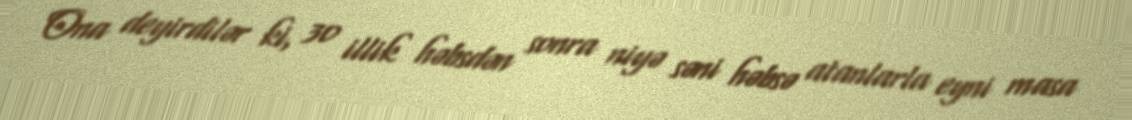
Ona deyirdilər ki, 30 illik həbsdən sonra niyə səni həbsə atanlarla eyni masa